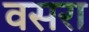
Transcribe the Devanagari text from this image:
वसरा